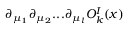
\partial _ { \mu _ { 1 } } \partial _ { \mu _ { 2 } } . . . \partial _ { \mu _ { l } } O _ { k } ^ { I } ( x )